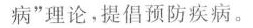
病”理论，提倡预防疾病。